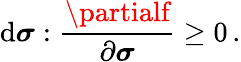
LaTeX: \mathrm{d}{\boldsymbol{\sigma}}:{\frac{{\partialf}}{{\partial{\boldsymbol{\sigma}}}}}\geq0\, .